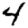
Digit: 4